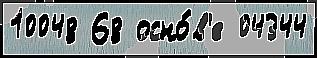
10048 68 осно́в'е 04344